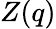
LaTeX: Z(q)